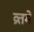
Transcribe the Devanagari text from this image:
व्रतमें